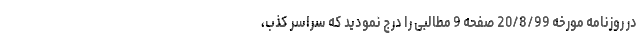
در روزنامه مورخه 20/8/99 صفحه 9 مطالبی را درج نمودید که سراسر کذب،